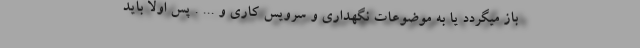
باز میگردد یا به موضوعات نگهداری و سرویس کاری و ... . پس اولا باید